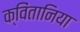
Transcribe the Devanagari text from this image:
क्विंतानिया